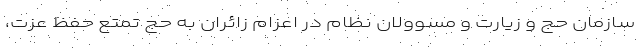
سازمان حج و زیارت و مسوولان نظام در اعزام زائران به حج تمتع حفظ عزت،